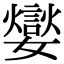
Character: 𡣹